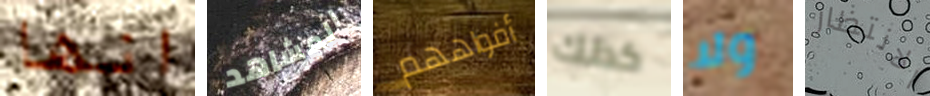
انها المشاهد أفواههم كذلك ولا الانتظار